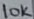
Text: 10K